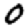
Digit: 0